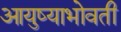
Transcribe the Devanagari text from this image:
आयुष्याभोवती